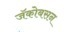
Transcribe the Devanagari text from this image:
जॅकोबसन